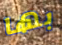
بها